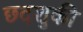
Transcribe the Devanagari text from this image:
छदशुकी